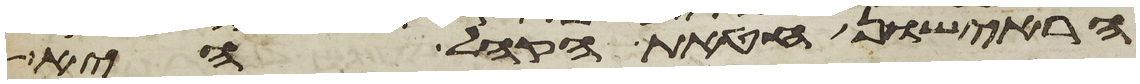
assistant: הראישון חטאת הקהל היא